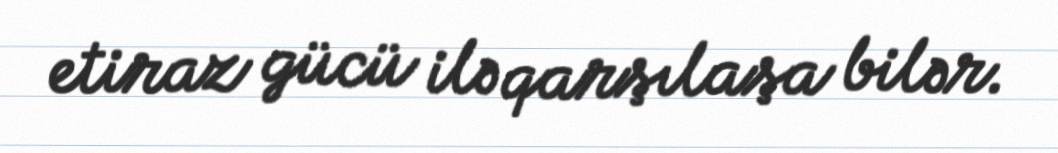
etiraz gücü ilə qarşılaşa bilər.